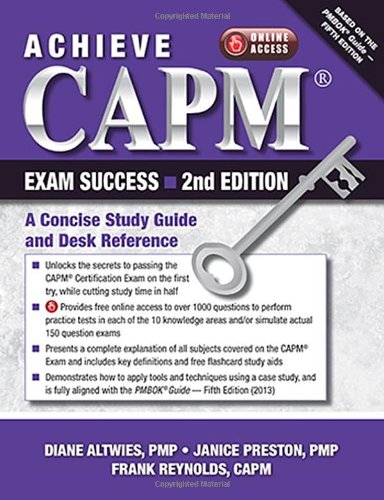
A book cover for Achieve CAPM Exam Success: A Concise Study Guide and Desk Reference; Diane Altwies; Computers & Technology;